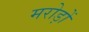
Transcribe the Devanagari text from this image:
मरोड़ों